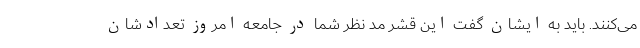
می‌کنند. باید به ایشان گفت این قشر مد نظر شما در جامعه امروز تعدادشان